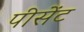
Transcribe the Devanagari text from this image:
पीसेंट